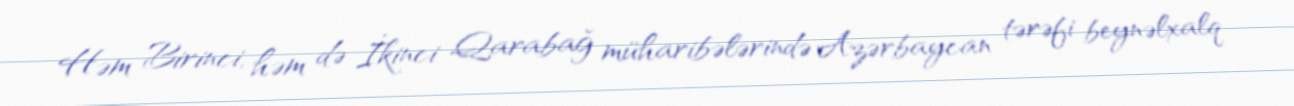
Həm Birinci, həm də İkinci Qarabağ müharibələrində Azərbaycan tərəfi beynəlxalq